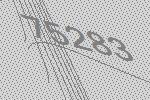
75283